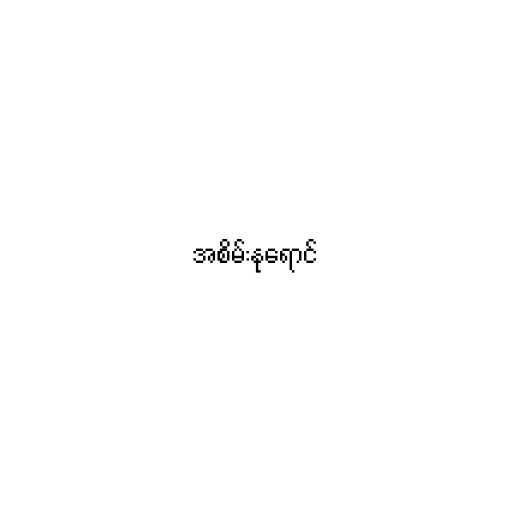
အစိမ်းနုရောင်